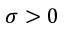
\sigma > 0